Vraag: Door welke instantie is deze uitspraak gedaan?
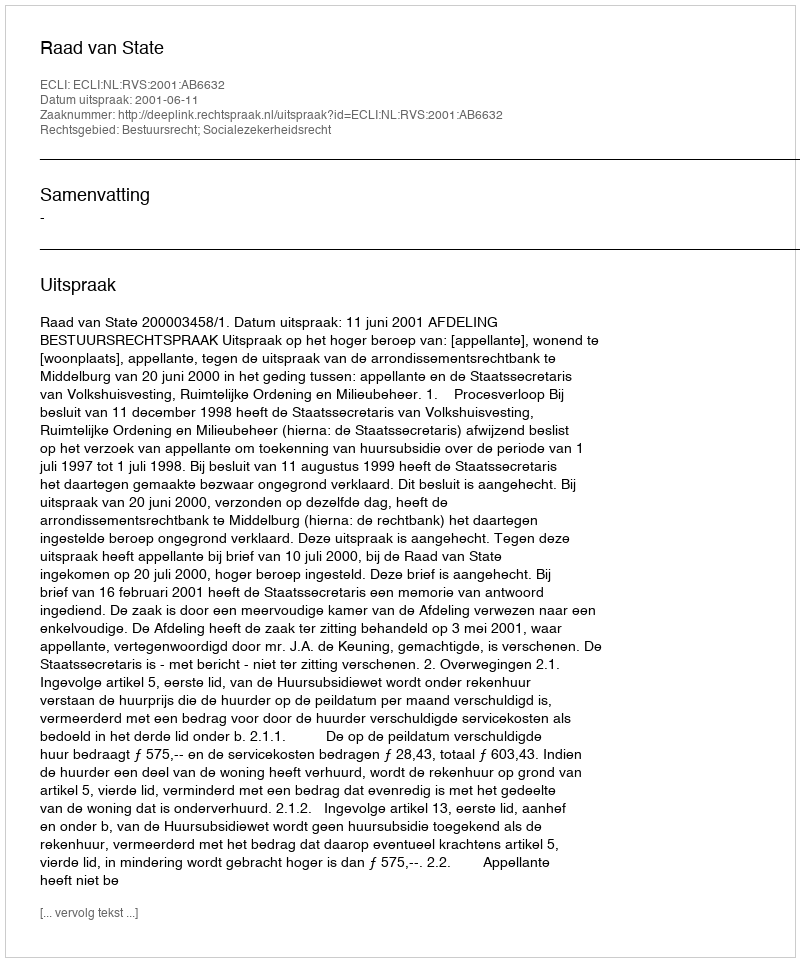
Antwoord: Raad van State